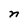
Character: n